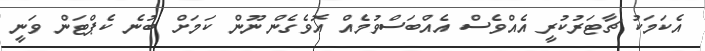
އެކަމަކު ޗާޓަރުކުރީ އެއްވެސް އެއްބަސްވުމެއް އޮވެގެން ނޫން ކަމަށް ބުނެ ކެޕްޓަން ވަނީ